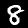
Digit: 8